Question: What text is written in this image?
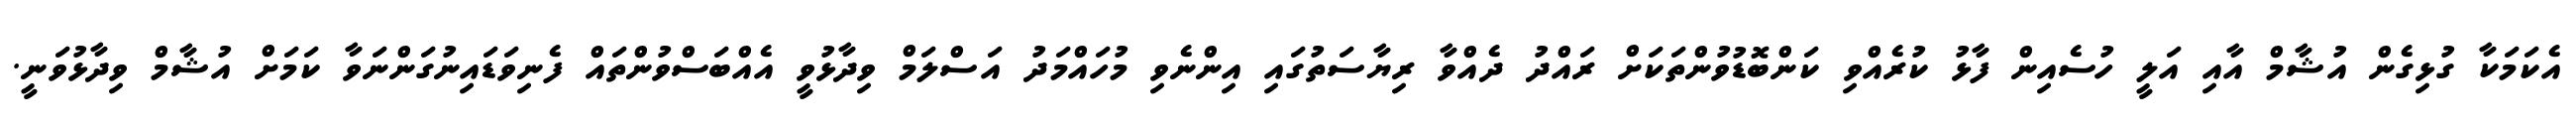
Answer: އެކަމަކާ ގުޅިގެން އުޝާމް އާއި އަލީ ހުސެއިން ފާޅު ކުރެއްވި ކަންބޮޑުވުންތަކަށް ރައްދު ދެއްވާ ރިޔާސަތުގައި އިންނެވި މުހައްމަދު އަސްލަމް ވިދާޅުވީ އެއްބަސްވުންތައް ފެނިވަޑައިނުގަންނަވާ ކަމަށް އުޝާމް ވިދާޅުވަނީ.